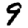
Digit: 9